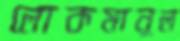
লোকমানুল